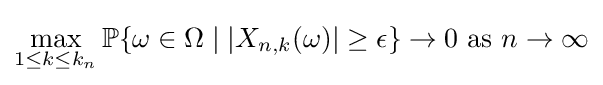
\max _{1\leq k\leq k_{n}}\mathbb {P} \{\omega \in \Omega \mid \vert X_{n,k}(\omega )\vert \geq \epsilon \}\to 0{\text{ as }}n\to \infty